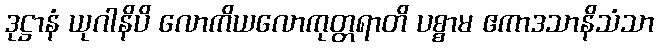
ဒုဋ္ဌာနံ ယုဂါနိပိ လောကိယလောကုတ္တရာတိ ပစ္စာမ ဧကာဒသာနိသံသာ